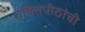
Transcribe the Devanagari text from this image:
शक्तिपीठांची